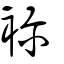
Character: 袗